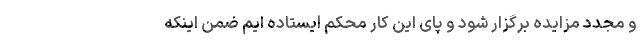
و مجدد مزایده برگزار شود و پای این کار محکم ایستاده ایم ضمن اینکه